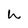
Character: h